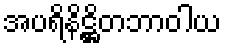
အပရိနိဋ္ဌိတဘာဝါယ